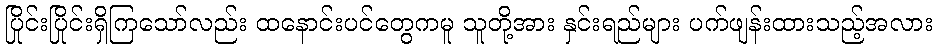
ပြိုင်းပြိုင်းရှိကြသော်လည်း ထနောင်းပင်တွေကမူ သူတို့အား နှင်းရည်များ ပက်ဖျန်းထားသည့်အလား